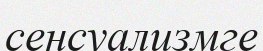
сенсуализмге